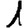
Digit: 1